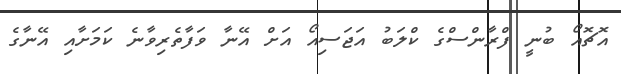
އޮޗޮއޯ ބުނީ ފްރާންސްގެ ކްލަބު އަޖަސިއޯ އަށް އޭނާ ވަފާތެރިވާނެ ކަމަށާއި އޭނާގެ